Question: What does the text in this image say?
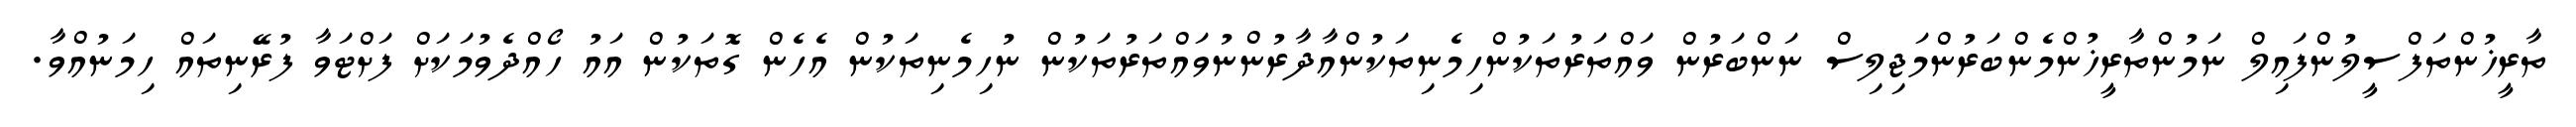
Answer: ތާރީޚުންތަފްސީލުންފައިލް ނަމުންތާރީޚުންމެންބަރުންމަޖިލިސް ނަންބަރުން ވައްތަރުތަކުންހިމެނިތަކުންއާދާރުންނުވައްތަރުތަކުން ނުހިމެނިތަކުން އެހެން ގޮތަކުން އައު ހޯއްދެވުމަކަށް ފަށްޓަވާ ފުރޭނިތައް ހިމަނުއްވާ.